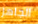
الجاهز